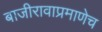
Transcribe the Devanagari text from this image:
बाजीरावाप्रमाणेच